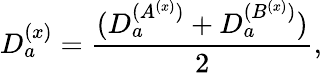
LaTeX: D_{a}^{(x)}={\frac{(D_{a}^{(A^{(x)})}+D_{a}^{(B^{(x)})})}{2}},